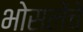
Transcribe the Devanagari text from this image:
भोसलेंचे